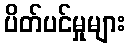
ပိတ်ပင်မှုများ